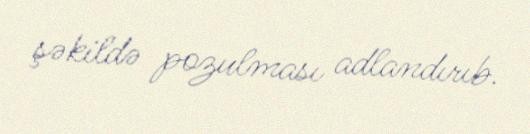
şəkildə pozulması adlandırıb.